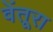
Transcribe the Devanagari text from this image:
वेंतूरा